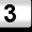
Digit: 3